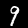
Digit: 9